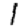
Digit: 1